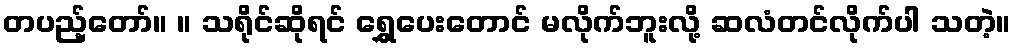
တပည့်တော်။ ။ သရိုင်ဆိုရင် ရွှေပေးတောင် မလိုက်ဘူးလို့ ဆလံတင်လိုက်ပါ သတဲ့။